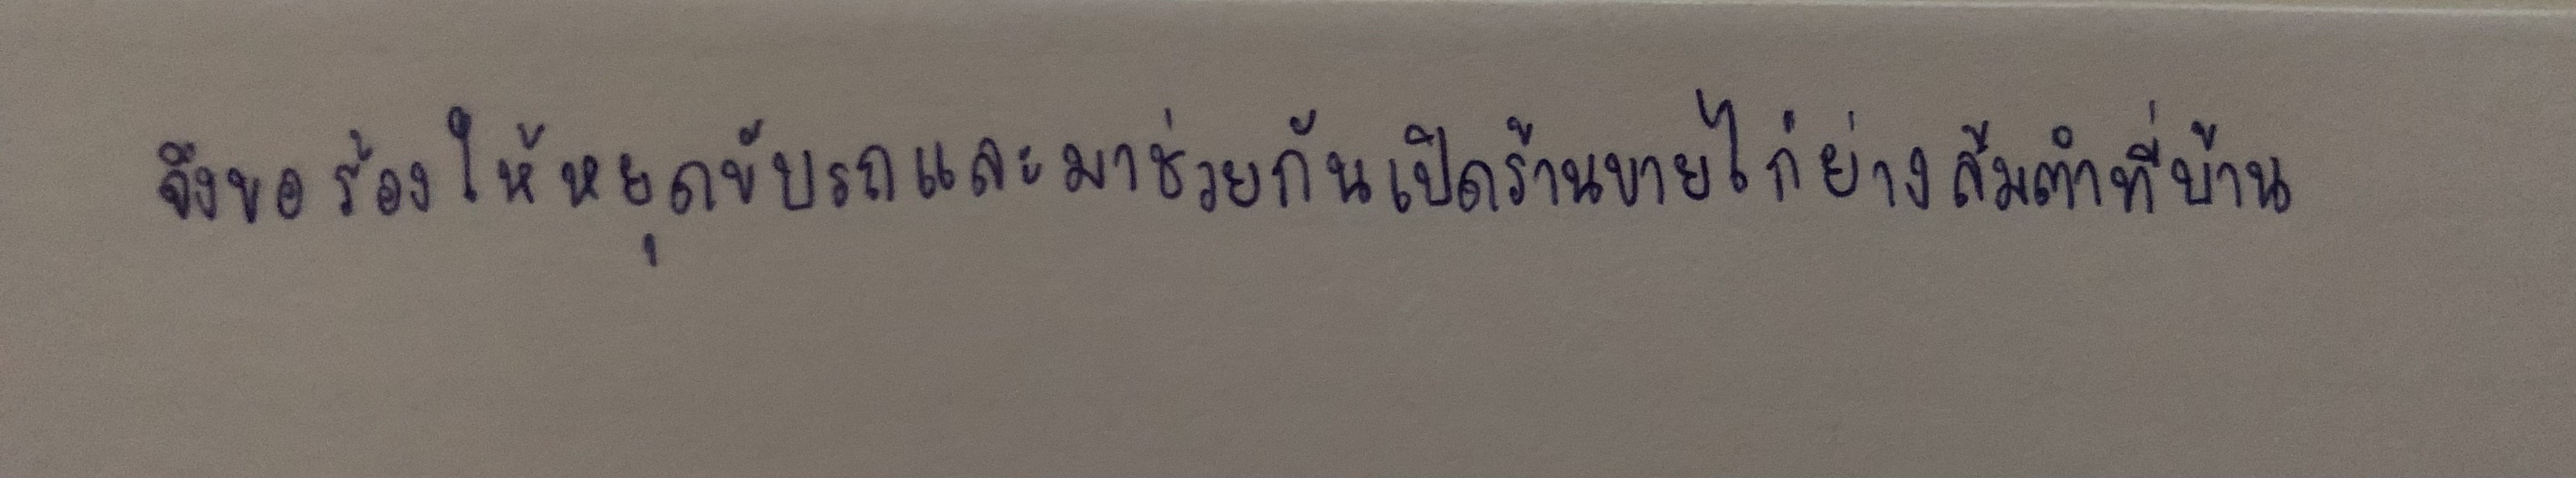
จึงขอร้องให้หยุดขับรถและมาช่วยกันเปิดร้านขายไก่ย่างส้มตำที่บ้าน